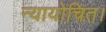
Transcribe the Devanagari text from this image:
न्यायोचित।